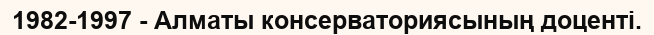
1982-1997 - Алматы консерваториясының доценті.